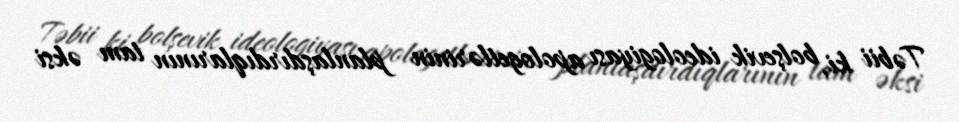
Təbii ki, bolşevik ideologiyası apologetlərinin planlaşdırdıqlarının tam əksi